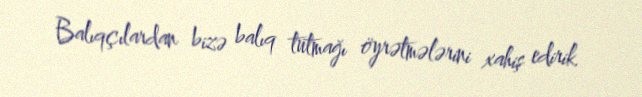
Balıqçılardan bizə balıq tutmağı öyrətmələrini xahiş edirik.